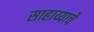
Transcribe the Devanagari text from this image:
साहाय्याचे